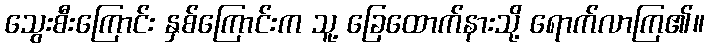
သွေးစီးကြောင်း နှစ်ကြောင်းက သူ့ ခြေထောက်နားသို့ ရောက်လာကြ၏။